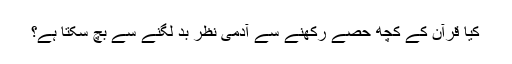
کیا قرآن کے کچھ حصے رکھنے سے آدمی نظر بد لگنے سے بچ سکتا ہے؟